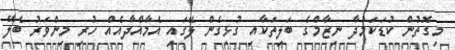
މިގޮތުން ކުޑަކަމުދާ ނިޒާމްގެ ބަލިތަކާއި ގުޅިގެން ލޭގައި އެމާއްދާއެއް ހުރި މިންވަރު ބެލޭ